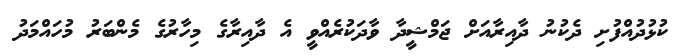
ކުޅުދުއްފުށި ދެކުނު ދާއިރާއަށް ޖަމްޝީދާ ވާދަކުރެއްވީ އެ ދާއިރާގެ މިހާރުގެ މެންބަރު މުހައްމަދު